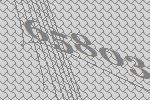
65803